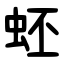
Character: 蚽